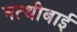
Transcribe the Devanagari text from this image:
नत्थीबाई